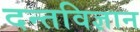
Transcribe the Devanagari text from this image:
दन्तविज्ञान